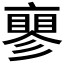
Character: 𬽝